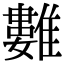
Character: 𩀮